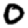
Digit: 0